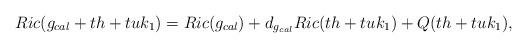
LaTeX: \begin{align*}Ric(g_{cal}+th+tuk_{1})=Ric(g_{cal})+d_{g_{cal}}Ric(th+tuk_{1})+Q(th+tuk_{1}),\end{align*}